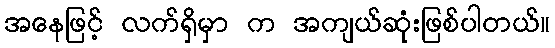
အနေဖြင့် လက်ရှိမှာ က အကျယ်ဆုံးဖြစ်ပါတယ်။